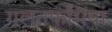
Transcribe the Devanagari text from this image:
गलतफमियां